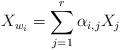
LaTeX: \begin{align*} X_{w_i} = \sum_{j=1}^r \alpha_{i,j} X_j\end{align*}